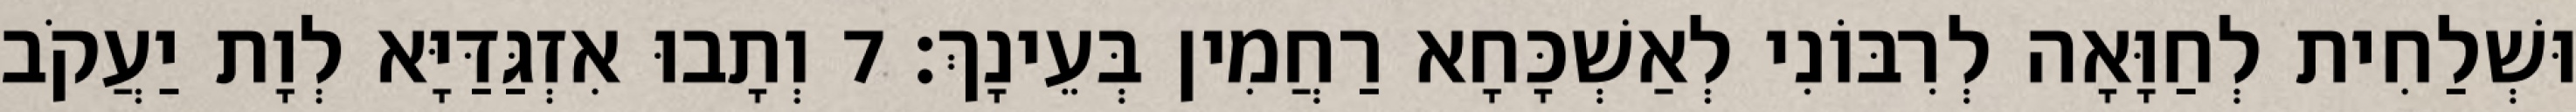
וּשְׁלַחִית לְחַוָּאָה לְרִבּוֹנִי לְאַשְׁכָּחָא רַחֲמִין בְּעֵינָךְ׃ 7 וְתָבוּ אִזְגַּדַּיָּא לְוָת יַעֲקֹב